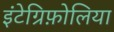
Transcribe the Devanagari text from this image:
इंटेग्रिफ़ोलिया